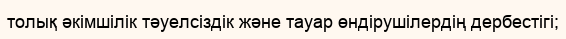
толық әкімшілік тәуелсіздік және тауар өндірушілердің дербестігі;